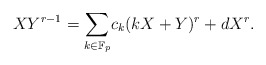
\begin{align*} XY^{r-1}=\underset{k\in\mathbb{F}_p}\sum c_k(kX+Y)^r +dX^r. \end{align*}